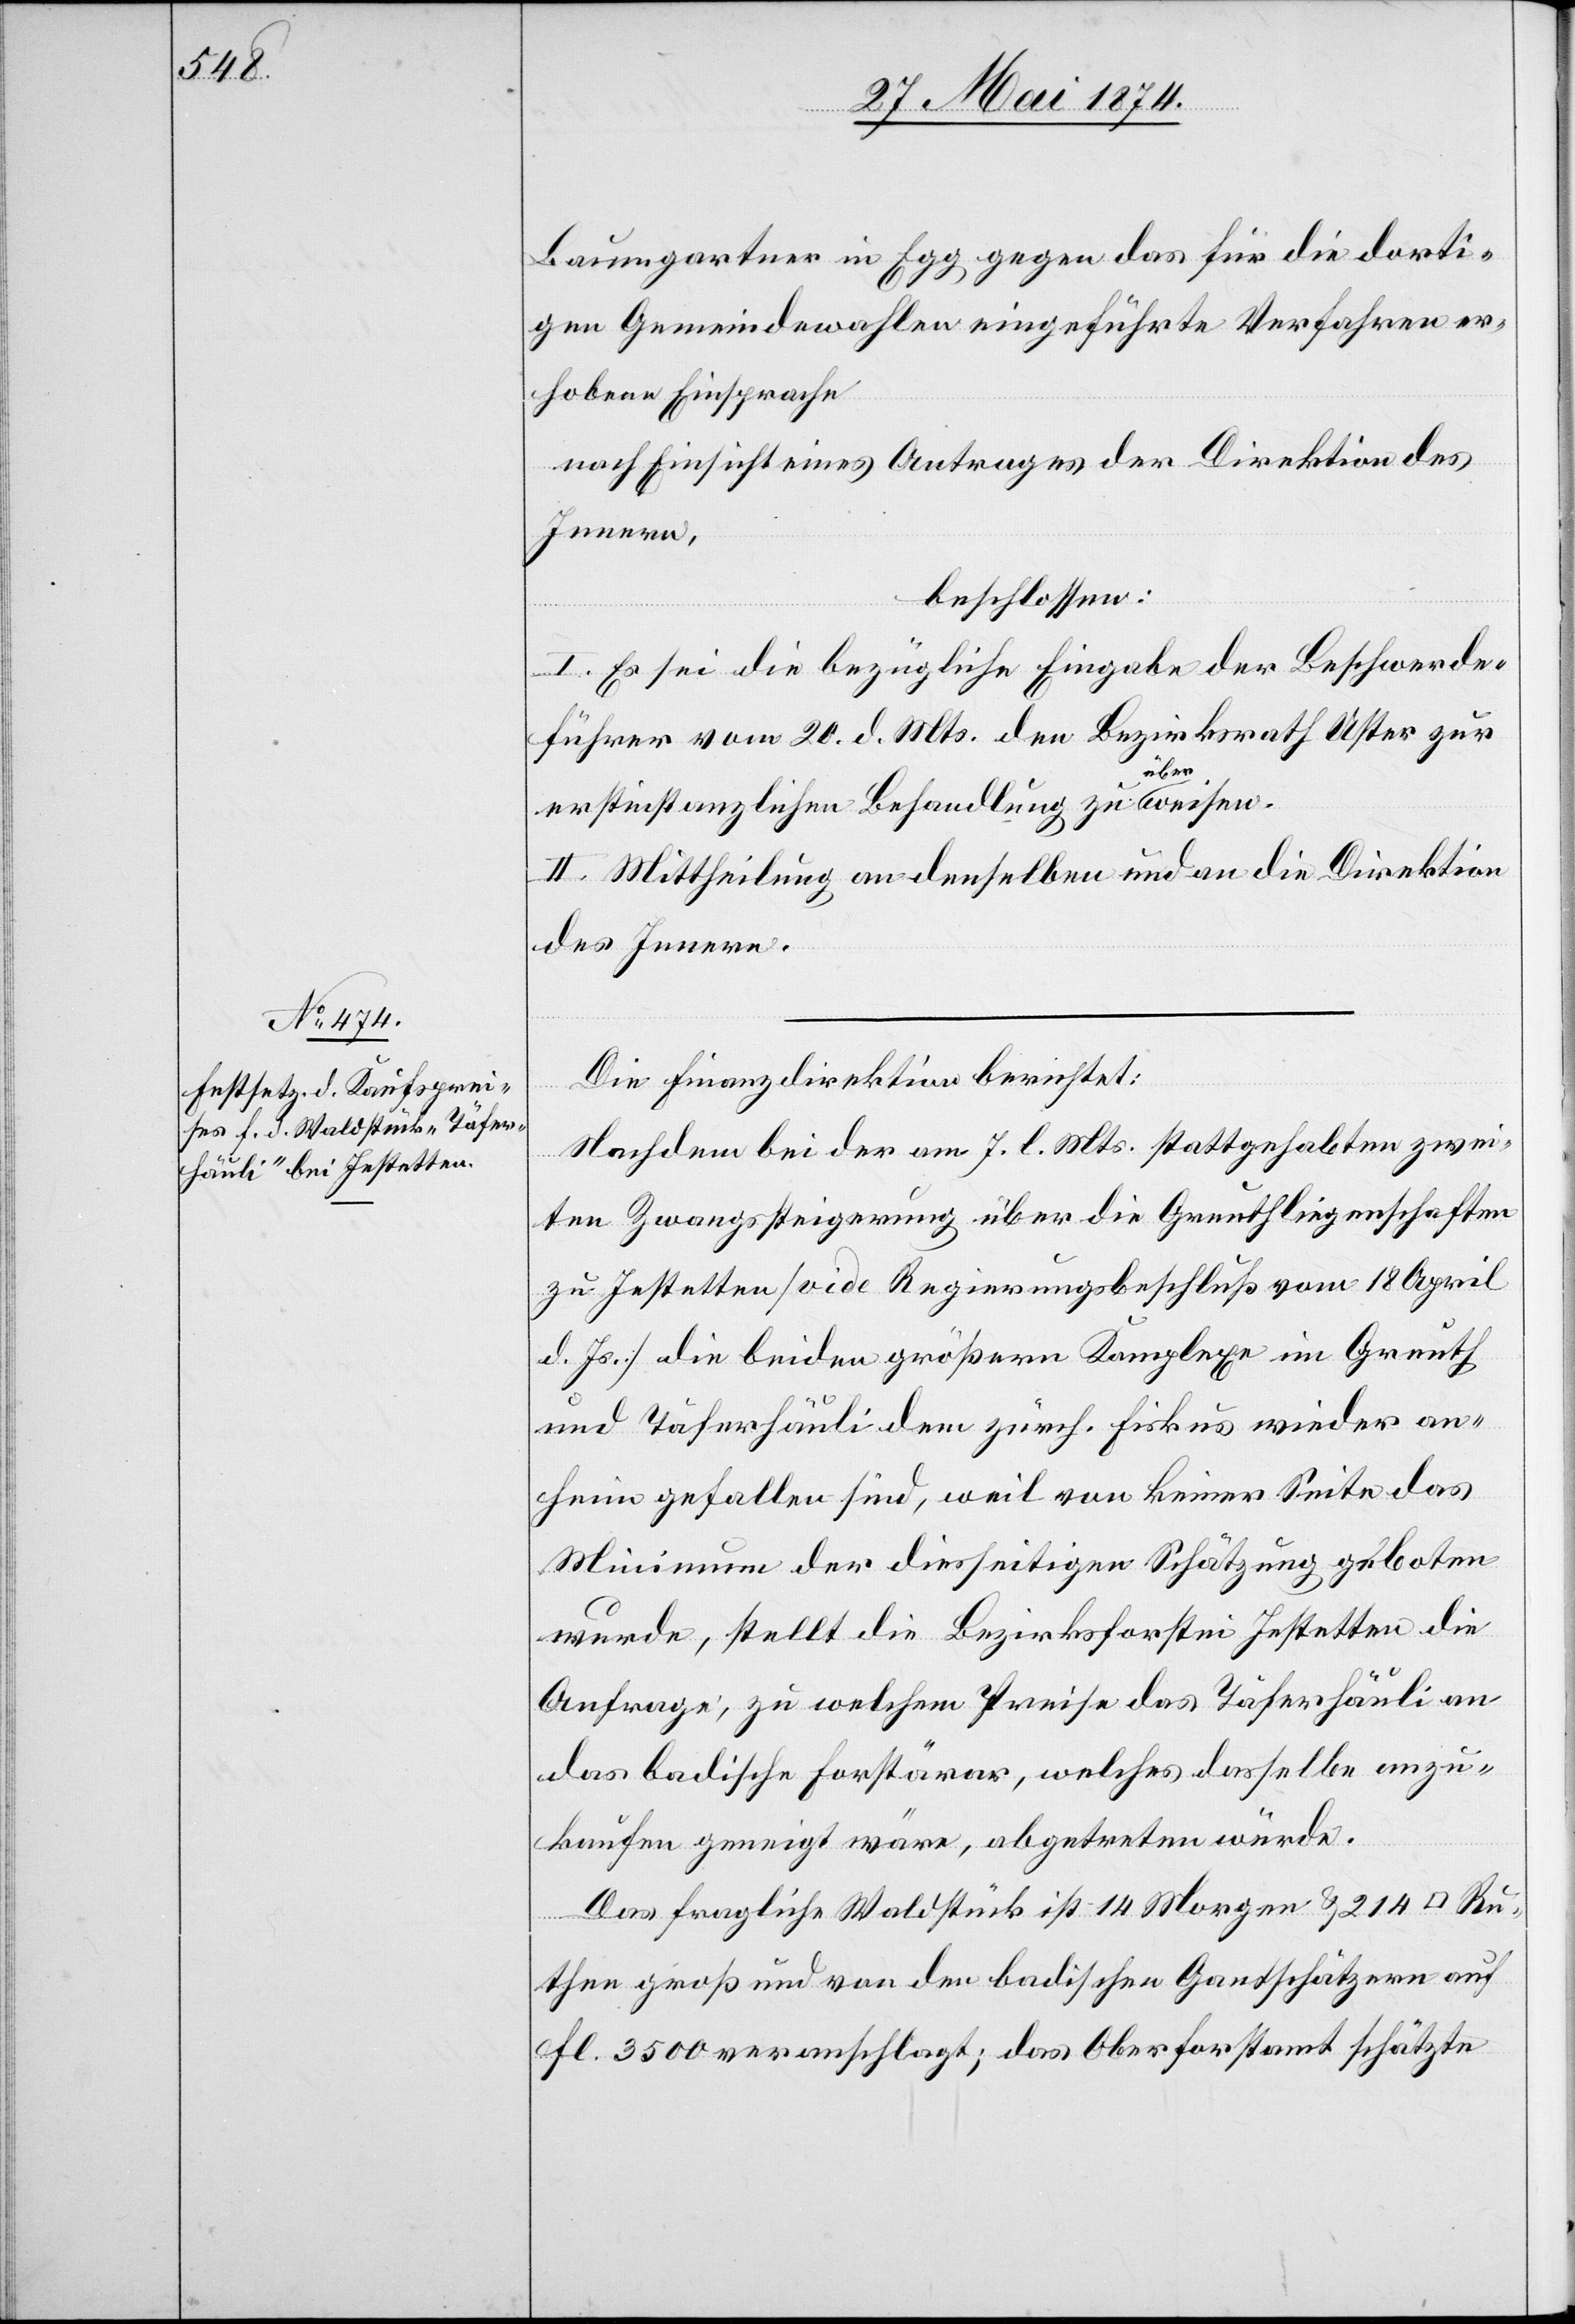
Baumgartner in Egg gegen das für die dorti¬
gen Gemeindewahlen eingeführte Verfahren er¬
hoben Einsprache
nach Einsicht eines Antrages der Direktion des
Innern,
beschlossen:
I. Es sei die bezügliche Eingabe der Beschwerde¬
führer vom 20. d. Mts. dem Bezirksrath Uster zur
erstinstanzlichen Behandlung zu überweisen.
II. Mittheilung an denselben und an die Direktion
des Innern.
Die Finanzdirektion berichtet:
Nachdem bei der am 7. l. Mts. stattgehabten zwei¬
ten Zwangssteigerung über die Greuthliegenschaften
zu Jestetten [vide Regierungsbeschluß vom 18. April
d. Js.] die beiden größern Komplexe im Greuth
und Täferhäuli dem zürch. Fiskus wieder an¬
heim gehalten sind, weil von keiner Seite das
Minimum der diesseitigen Schätzung geboten
wurde, stellt die Bezirksforstei Jestetten die
Anfrage, zu welchem Preise das Täferhäuli an
das badische Forstärar, welches dasselbe anzu¬
kaufen geneigt wäre, abgetreten würde.
Das fragliche Waldstück ist 14 Morgen u. 214
Ruthen groß und von den badischen Gandschätzern auf
fl. 3500 veranschlagt; das Oberforstamt schätzte